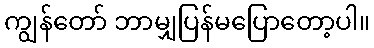
ကျွန်တော် ဘာမျှပြန်မပြောတော့ပါ။